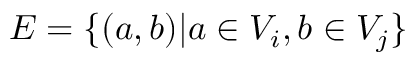
E = \{ ( a , b ) | a \in V _ { i } , b \in V _ { j } \}